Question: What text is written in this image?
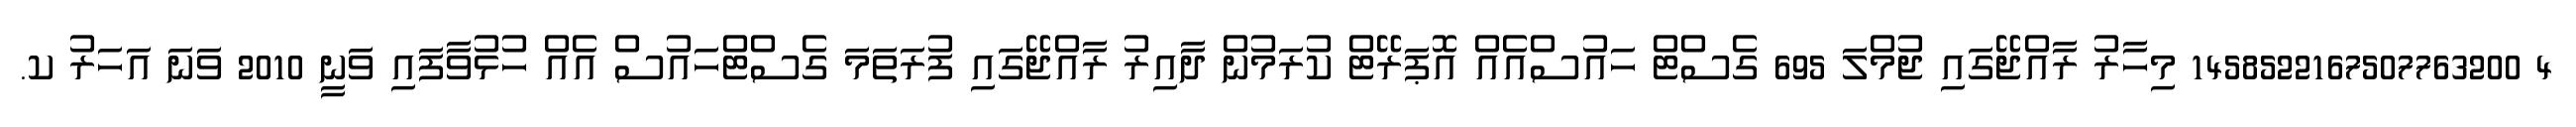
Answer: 4 1458522167507763200 މިހާރު ރާއްޖޭގައި ޖުމްލަ 695 ގެސްޓް ހައުސްއެއް އޮޕަރޭޓް ކުރަމުން ދާއިރު ރާއްޖޭގައި ފުރަތަމަ ގެސްޓްހައުސް އެއް ހުޅުވާފައި ވަނީ 2010 ވަނަ އަހަރު ކ.